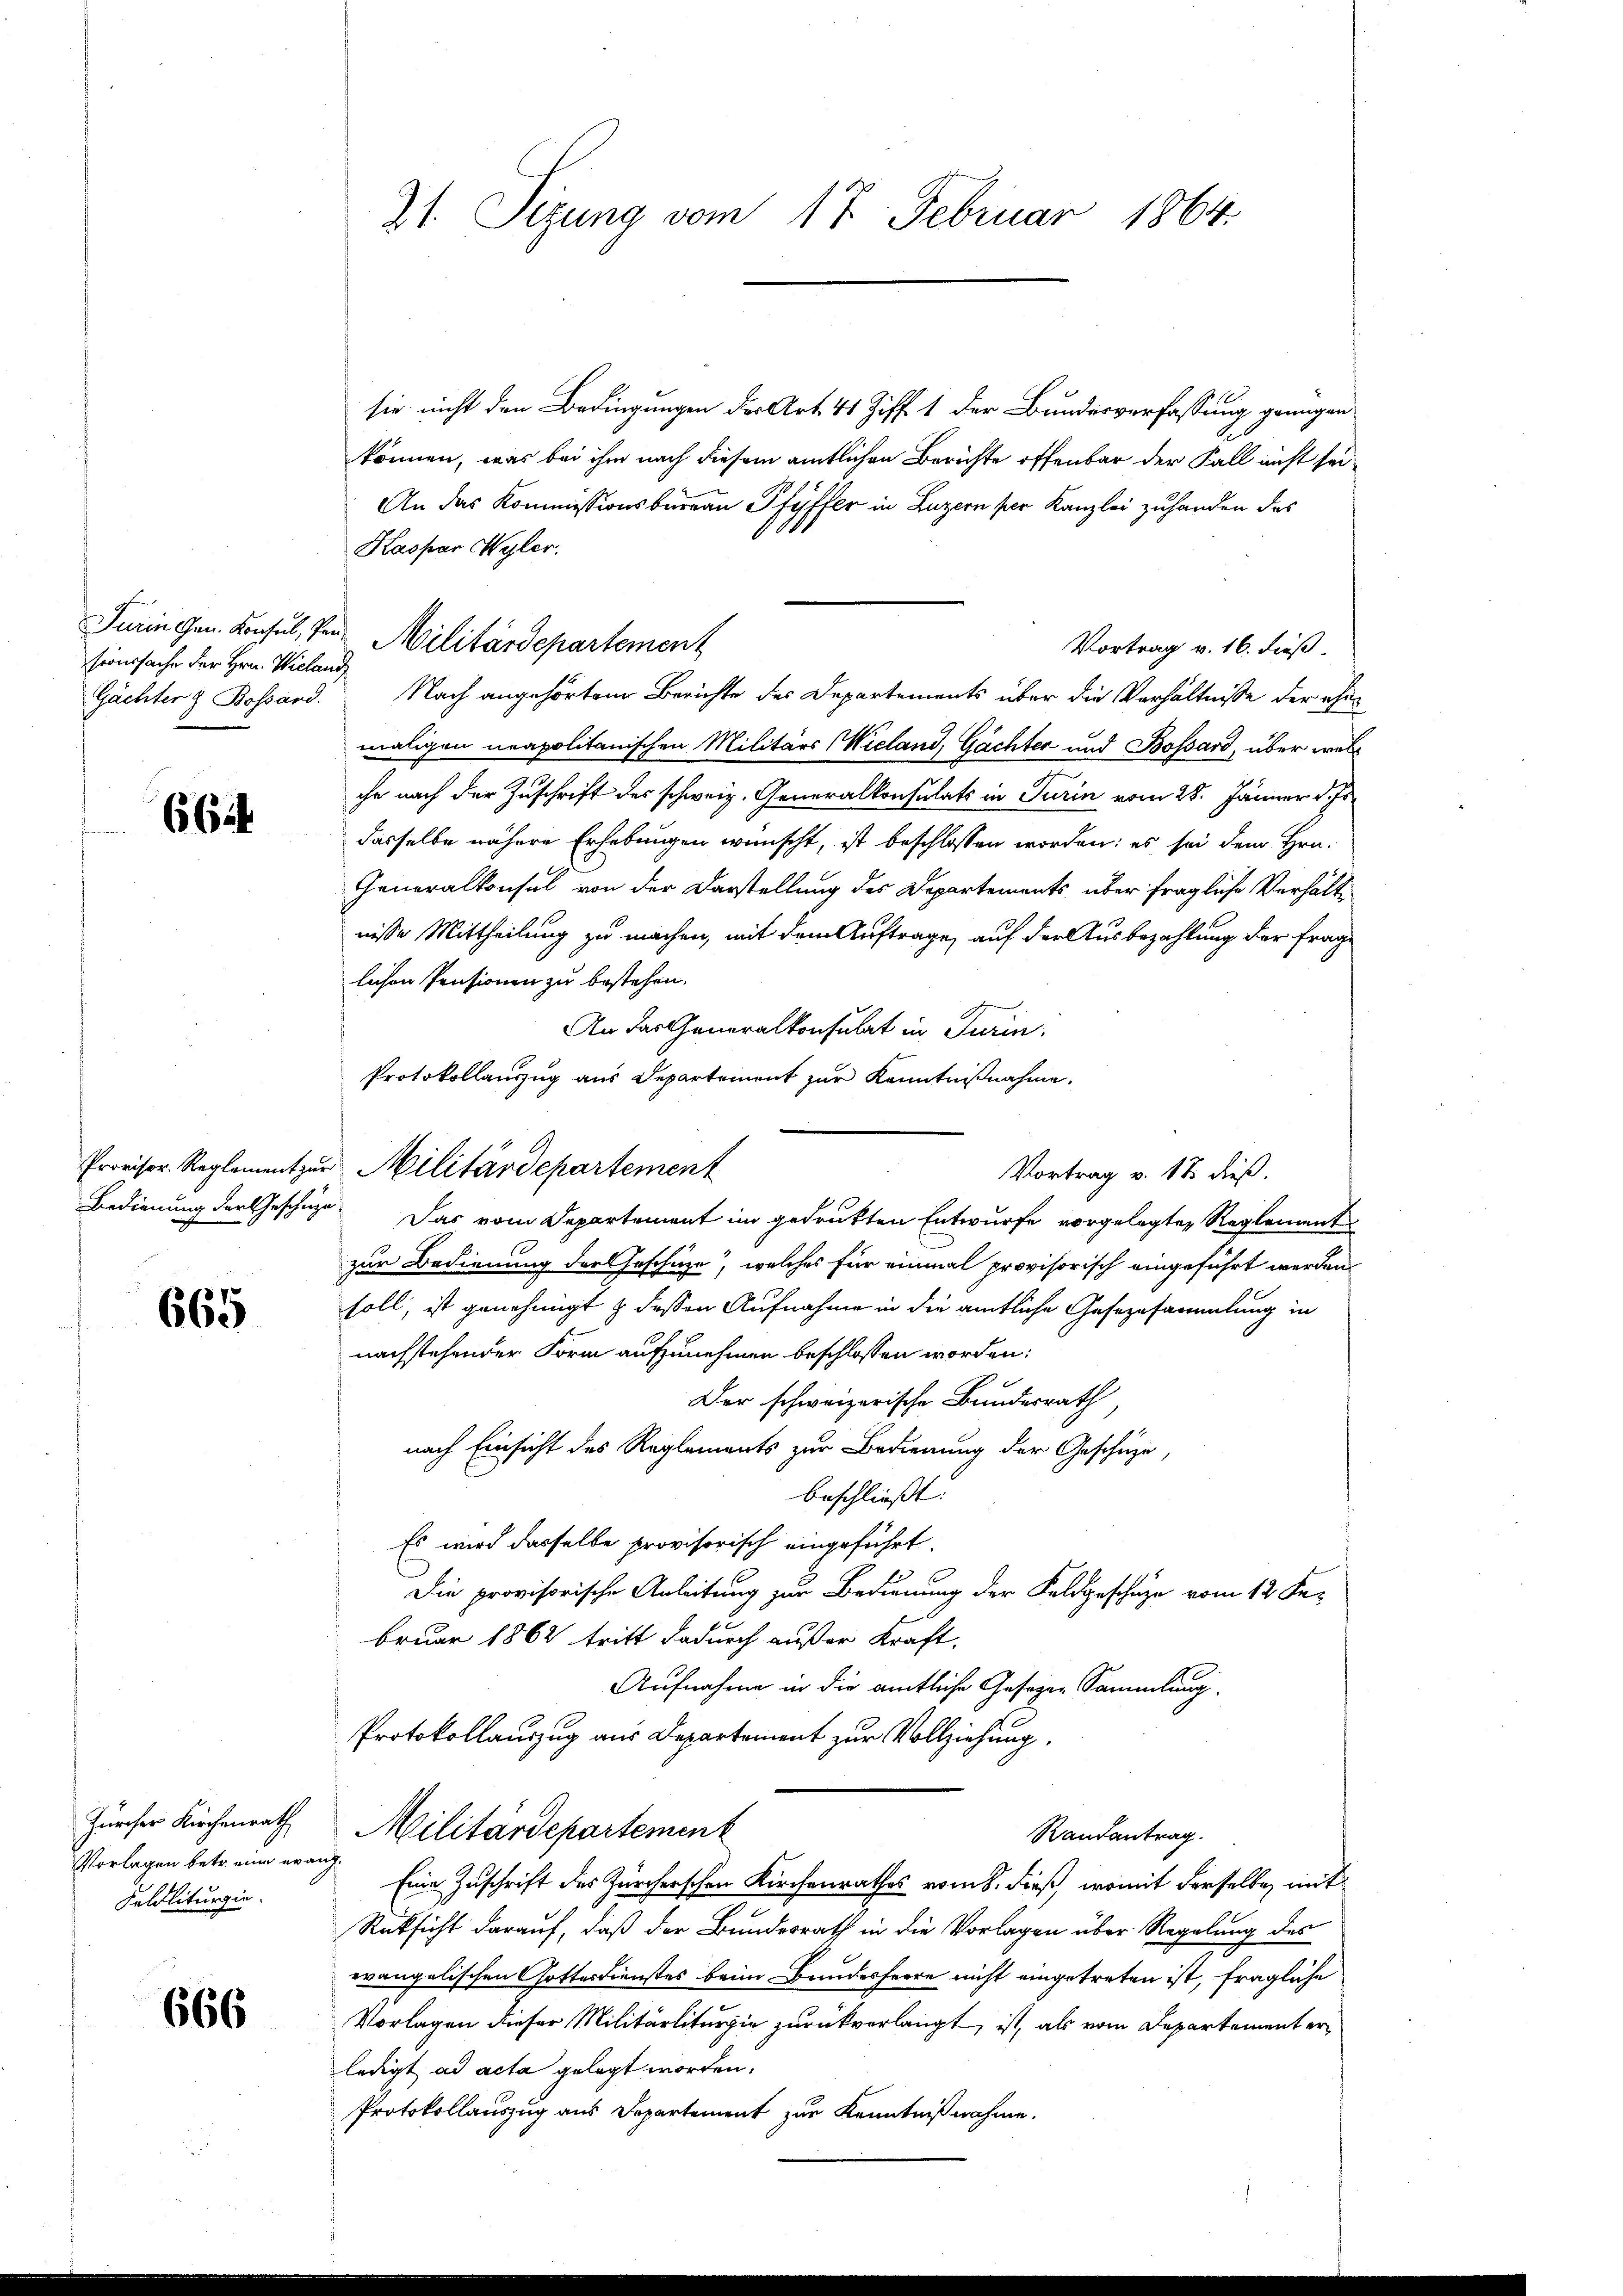
66

sroussache der Hrn. Wieland

665

Zürcher Kirchenrath
Vorlagen betr. eine evang.
Seldliturgie.

666

sie nicht den Bedingungen der Art. 41 Ziff. 1 der Bundesverfassung genügen
können, was bei ihm nach diesem amtlichen Berichte offenbar der Fall nicht sei
An das Kommissionsbüreau Pfyffer in Luzern per Kanzlei zuhanden des
Kaspar Wyler.
Vortrag v. 16. dieß.
Gächter z Bossard. Nach angehörten Berichte des Departements über die Verhältnisse der ähnmaligen neapolitanischen Militärs Wieland, Gächter und Bossard, über welche nach der Zuschrift des schweiz. Generalkonsulats in Turin vom 28. Jänner d. Js.
dasselbe nähere Erhebungen wünscht, ist beschlossen worden: es sei dem Hrn.
Generalkonsul von der Darstellung des Departements über fragliche Verhältnisse Mittheilung zu machen, mit dem Auftrage auf der Ausbezahlung der frage
lichen Pensionen zu bestehen.
An das Generalkonsulat in Turin
Protokollauszug aus Departement zur Kenntnißnahme.
Bedienung der Geschüze Das vom Departement im gedrukten Entwurfe vorgelegten Reglement
zur Bedienung der Geschäze“, welches für einmal provisorisch eingeführt werden
soll, ist genehmigt & dessen Aufnahme in die amtliche Gesezusammlung in
nachstehender Form aufzunehmen beschlossen worden:
Der schweizerische Bundesrath,
nach Einsicht des Reglements zur Bedienung der Geschüze,
beschließt:
Es wird dasselbe provisorisch eingeführt.
Die provisorische Anleitung zur Bedienung der Feldgeschüze vom 12 Februar 1862 tritt dadurch außer Kraft.
Aufnahme in die amtliche Gesager Sammlung.
Protokollauszug aus Departement zur Vollziehung.
Militärdepartement
Randantrag.
Eine Zuschrift des Zürcherschen Kirchenrathes vom 8. dieß, womit derselbe mit
Rücksicht darauf, daß der Bundesrath in die Vorlagen über Regelung des
evangelischen Gottesdienstes beim Bundesherre nicht eingetreten ist, fragliche
Vorlagen dieser Militärliturgie zurückverlangt, ist, als vom Departement erledigt, ad acta gelegt worden.
Protokollauszug aus Departement zur Kenntnißnahme.

21. Sizung vom 17. Februar 1864.

Turin gen. Konsul, von Militärdepartement

Provisor. Reglement zur Militärdepartement

Vortrag v. 18 dieß.